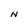
Character: N